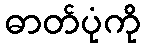
ဓာတ်ပုံကို